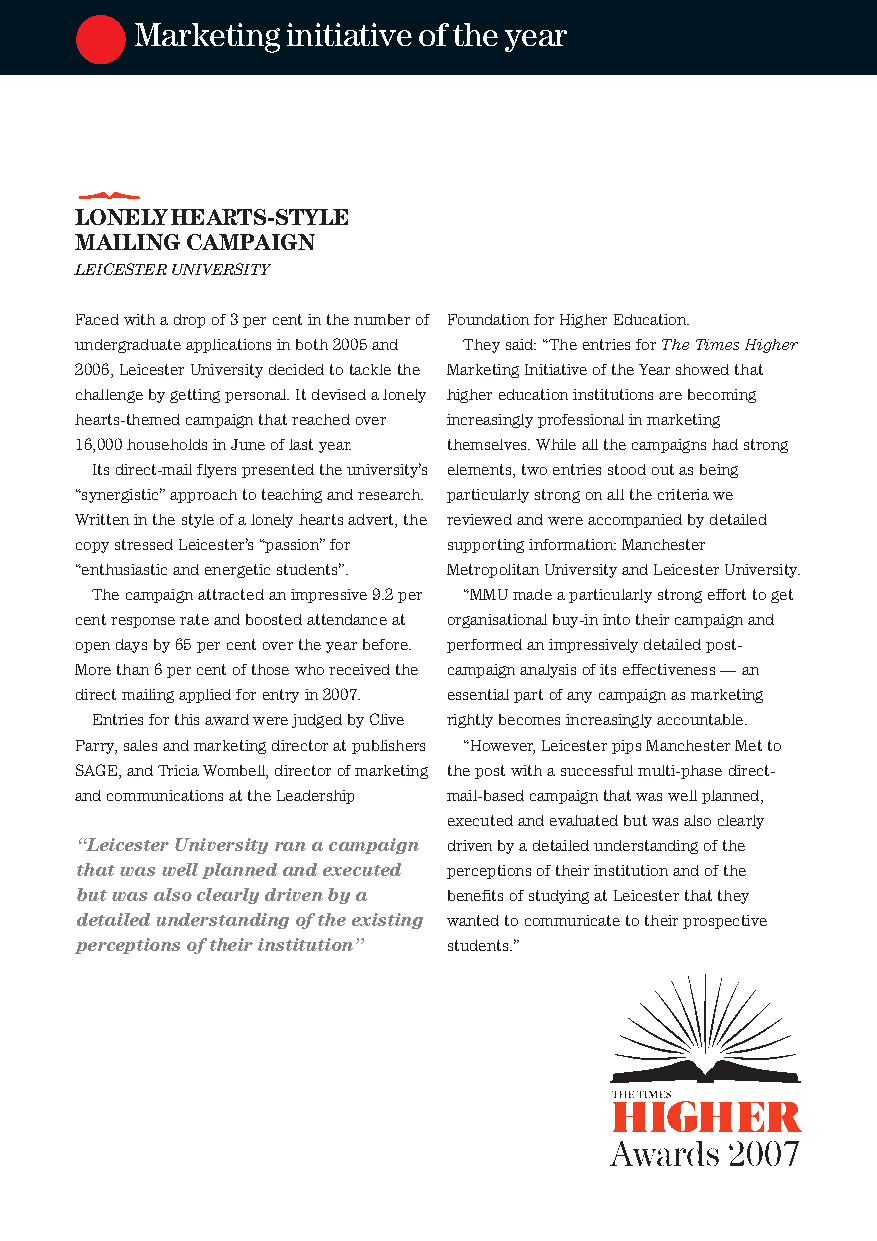
Marketinginitiativeoftheyear
 LONELYHEARTS-STYLE
 MAILINGCAMPAIGN
 LEICESTERUNIVERSITY
 Facedwithadropof3percentinthenumberof FoundationforHigherEducation.
 undergraduateapplicationsinboth2005and Theysaid:“TheentriesforTheTimesHigher
 2006,LeicesterUniversitydecidedtotacklethe MarketingInitiativeoftheYearshowedthat
 challengebygettingpersonal.Itdevisedalonely highereducationinstitutionsarebecoming
 hearts-themedcampaignthatreachedover increasinglyprofessionalinmarketing
 16,000householdsinJuneoflastyear. themselves.Whileallthecampaignshadstrong
 Itsdirect-mailflyerspresentedtheuniversity’s elements,twoentriesstoodoutasbeing
 “synergistic”approachtoteachingandresearch. particularlystrongonallthecriteriawe
 Writteninthestyleofalonelyheartsadvert,the reviewedandwereaccompaniedbydetailed
 copystressedLeicester’s“passion”for supportinginformation:Manchester
 “enthusiasticandenergeticstudents”. MetropolitanUniversityandLeicesterUniversity.
 Thecampaignattractedanimpressive9.2per “MMUmadeaparticularlystrongefforttoget
 centresponserateandboostedattendanceat organisationalbuy-inintotheircampaignand
 opendaysby65percentovertheyearbefore. performedanimpressivelydetailedpost-
 Morethan6percentofthosewhoreceivedthe campaignanalysisofitseffectiveness—an
 directmailingappliedforentryin2007. essentialpartofanycampaignasmarketing
 EntriesforthisawardwerejudgedbyClive rightlybecomesincreasinglyaccountable.
 Parry,salesandmarketingdirectoratpublishers “However,LeicesterpipsManchesterMetto
 SAGE,andTriciaWombell,directorofmarketing thepostwithasuccessfulmulti-phasedirect-
 andcommunicationsattheLeadership mail-basedcampaignthatwaswellplanned,
 executedandevaluatedbutwasalsoclearly
 “LeicesterUniversityranacampaign drivenbyadetailedunderstandingofthe
 thatwaswellplannedandexecuted perceptionsoftheirinstitutionandofthe
 butwasalsoclearlydrivenbya benefitsofstudyingatLeicesterthatthey
 detailedunderstandingoftheexisting wantedtocommunicatetotheirprospective
 perceptionsoftheirinstitution” students.”